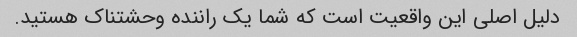
دلیل اصلی این واقعیت است که شما یک راننده وحشتناک هستید.